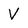
Character: V